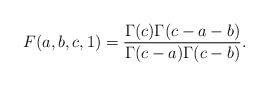
LaTeX: \begin{align*}F(a,b,c,1)=\frac{\Gamma(c)\Gamma(c-a-b)}{\Gamma(c-a)\Gamma(c-b)}.\end{align*}